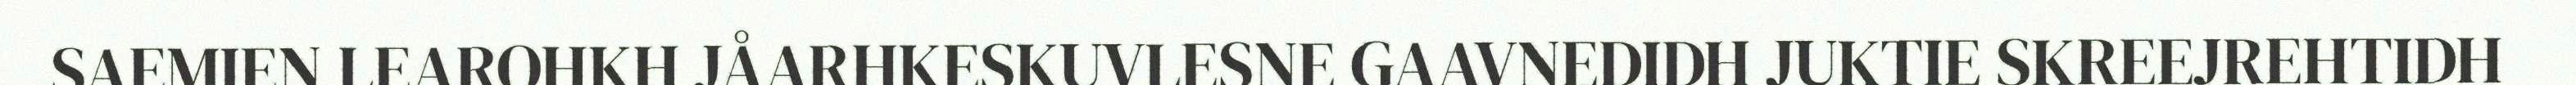
SAEMIEN LEAROHKH JÅARHKESKUVLESNE GAAVNEDIDH JUKTIE SKREEJREHTIDH